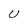
Character: U